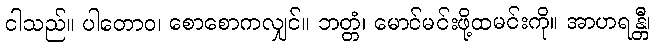
ငါသည်။ ပါတောဝ၊ စောစောကလျှင်။ ဘတ္တံ၊ မောင်မင်းဖို့ထမင်းကို။ အာဟရန္တီ၊